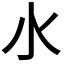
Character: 𣱱